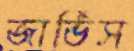
জার্ভিস